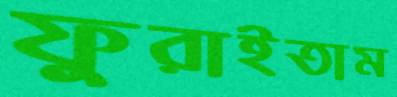
ফুরাইতাম